Vaccination North-Western Provinces and Oudh 1878-1895 - 1878-1895
Year: 1878
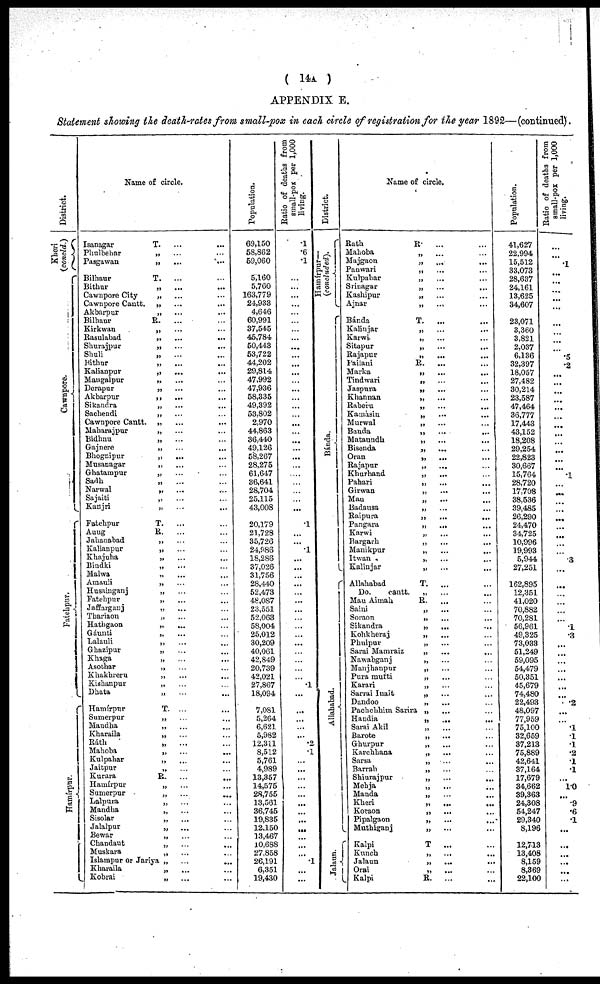
( 14A )
APPENDIX E.
Statement showing the death-rates from small-pox in each circle of registration for the year 1892—(continued).
Distrtict.
Kheri (concld.)
Cawnpore.
Fatehpur.
Hamírpur.
Name of circle.
Isanagar
Phulbehar
Pasgawan
Bilhaur
Bithur
Cawnpore City
Cawnpore Cantt.
Akbarpur
Bilhaur
Kirkwan
Rasulabad
Shurajpur
Shuli
Bithur
Kalianpur
Maugalpur
Derapur
Akbarpur
Sikandra
Sacbendi
Cawnpore Cantt.
Maharajpur
Bidhnu
Gajnere
Bhognipur
Musanagar
Ghatampur
Sadh
Narwal
Sajaiti
Kunjri
Fatehpur
Auug
Jahanabad
Kalianpur
Khajuha
Biudki
Malwa
Amauli
Husainganj
Fatehpur
Jaffarganj
Thariaon
Hathgaon
Gáunti
Lalauli
Ghazipur
Khaga
Asothar
Khakhreru
Kishanpur
Dhata
Hamirpur
Sumerpur
Maudha
Kharaila
Ráth
Mahoba
Kulpahar
Jaitpur
Kurara
Hamfrpur
Sumerpur
Lalpura
Mandha
Sisolar
Jalalpur
Bewar
Chandaut
Muskara
Islampur or Jariya
Kharaila
Kobrai
T.
... ...
„ ... ...
„ ... ...
T.
... ...
„ ... ...
„ ... ...
„ ... ...
„ ... ...
R.
... ...
„ ... ...
„ ... ...
„ ... ...
„ ... ...
„ ... ...
„ ... ...
„ ... ...
„ ... ...
„ ... ...
„ ... ...
„ ... ...
„ ... ...
„ ... ...
„ ... ...
„ ... ...
„ ... ...
„ ... ...
„ ... ...
„ ... ...
„ ... ...
„ ... ...
„ ... ...
T.
...
R. ... ...
„ ... ...
„ ... ...
„ ... ...
„ ... ...
„ ... ...
„ ... ...
„ ... ...
„ ... ...
„ ... ...
„ ... ...
„ ... ...
„ ... ...
„ ... ...
„ ... ...
„ ... ...
„ ... ...
„ ... ...
„ ... ...
„ ... ...
T. ... ...
„ ... ...
„ ... ...
„ ... ...
„ ... ...
„ ... ...
„ ... ...
„ ... ...
R.
... ...
„ ... ...
„ ... ...
„ ... ...
„ ... ...
„ ... ...
„ ... ...
„ ... ...
„ ... ...
„ ... ...
„ ... ...
„ ... ...
„ ... ...
Population.
69,150
58,862
59,060
5,160
5,760
163,779
24,933
4,646
60,991
37,545
45,784
50,443
53,722
44,202
29,814
47,992
47,936
58,335
49,392
53,802
2,970
44,863
36,440
49,126
58,267
28,275
61,647
36,641
28,704
25,115
43,008
20,179
21,728
35,726
24,986
18,286
37,026
31,756
28,440
52,473
48,087
23,551
52,063
58,004
25,012
30,209
40,061
42,849
20,739
42,021
27,867
18,094
7,081
5,264
6,621
5,982
12,311
8,512
5,761
4,989
13,357
14,575
28,755
13,561
36,745
19,835
12,150
13,467
10,688
27,858
26,191
6,351
19,430
Ratio of deaths from
small-pox per 1,000
living.
.1
.6
.1
...
...
...
...
...
...
...
...
...
...
...
...
...
...
...
...
...
...
...
...
...
...
...
...
...
...
...
...
.1
...
...
.1
...
...
...
...
...
...
...
...
...
...
...
...
...
...
...
.1
...
...
...
...
...
.2
.1
...
...
...
...
...
...
...
...
...
...
...
... .1
...
...
District.
Hamirpur—
(concluded).
Bánda.
Allahabad.
Jalaun.
Name of circle.
Rath
Mahoba
Majgaon
Pauwari
Kulpahar
Srinagar
Kashipur
Ajnar
Bánda
Kalinjar
Karwi
Sitapur
Rajapur
Pailani
Marka
Tindwari
Jaspura
Khannan
Raberu
Kamasin
Murwal
Banda
Mataundh
Biseuda
Oran
Rajapur
Khurhand
Pahari
Girwan
Mau
Badausa
Raipura
Pangara
Karwi
Bargarh
Manikpur
Itwan
Kalinjar
Allahabad
Do.
cantt
Mau Aimah
Saini
Soraon
Sikandra
Kohkheraj
Phulpur
Sarai Mamraiz
Nawabganj
Manjhanpur
Pura mufti
Karari
Sarrai Inait
Dandoo
Pachchhim Sarira
Handia
Sarai Akil
Barote
Ghurpur
Karchhana
Sarsa
Barrah
Shiurajpur
Mehja
Manda
Kheri
Koraon
Pipalgaon
Muthiganj
Kalpi
Kunch
Jalaun
Orai
Kalpi
R. ... ...
„ ... ...
„ ... ...
„ ... ...
„ ... ...
„ ... ...
„ ... ...
„ ... ...
T.
... ...
„ ... ...
„ ... ...
„ ... ...
„ ... ...
R.
... ...
„ ... ...
„ ... ...
„ ... ...
„ ... ...
„ ... ...
„ ... ...
„ ... ...
„ ... ...
„ ... ...
„ ... ...
„ ... ...
„ ... ...
„ ... ...
„ ... ...
„ ... ...
„ ... ...
„ ... ...
„ ... ...
„ ... ...
„ ... ...
„ ... ...
„ ... ...
„ ... ...
„ ... ...
T.
... ...
„ ... ...
R.
... ...
„ ... ...
„ ... ...
„ ... ...
„ ... ...
„ ... ...
„ ... ...
„ ... ...
„ ... ...
„ ... ...
„ ... ...
„ ... ...
„ ... ...
„ ... ...
„ ... ...
„ ... ...
„ ... ...
„ ... ...
„ ... ...
„ ... ...
„ ... ...
„ ... ...
„ ... ...
„ ... ...
„ ... ...
„ ... ...
„ ... ...
„ ... ...
T
... ...
„ ... ...
„ ... ...
„ ... ...
R. ... ...
Population.
41,627
22,994
15,512
33,073
28,637
24,161
13,625
34,607
23,071
3,360
3,821
2,037
6,136
32,397
18,057
27,482
30,214
23,587
47,464
36,777
17,443
43,152
18,208
29,254
22,823
30,667
15,764
28,720
17,708
38,536
39,485
26,290
24,470
34,725
10,996
19,993
5,944
27,251
162,895
12,351
41,020
70,882
70,281
56,961
49,325
73,033
51,249
59,095
54,479
50,351
45,679
74,480
22,493
48,097
77,959
75,100
32,659
37,213
75,889
42,641
37,164
17,679
34,662
39,363
24,308
54,247
29,340
8,196
12,713
13,408
8,159
8,369
22,100
Ratio of deaths from
small-pox per 1,000
living.
...
...
.1
...
...
...
...
...
...
...
...
...
.5
.2
...
...
...
...
...
...
...
...
...
...
...
...
.1
...
...
...
...
...
...
...
...
...
.3
...
...
...
...
...
...
.1
.3
...
...
...
...
...
...
...
.2
...
...
.1
.1
.1
.2
.1
.1
...
1.0
... .9
.6
.1
...
...
...
...
...
...